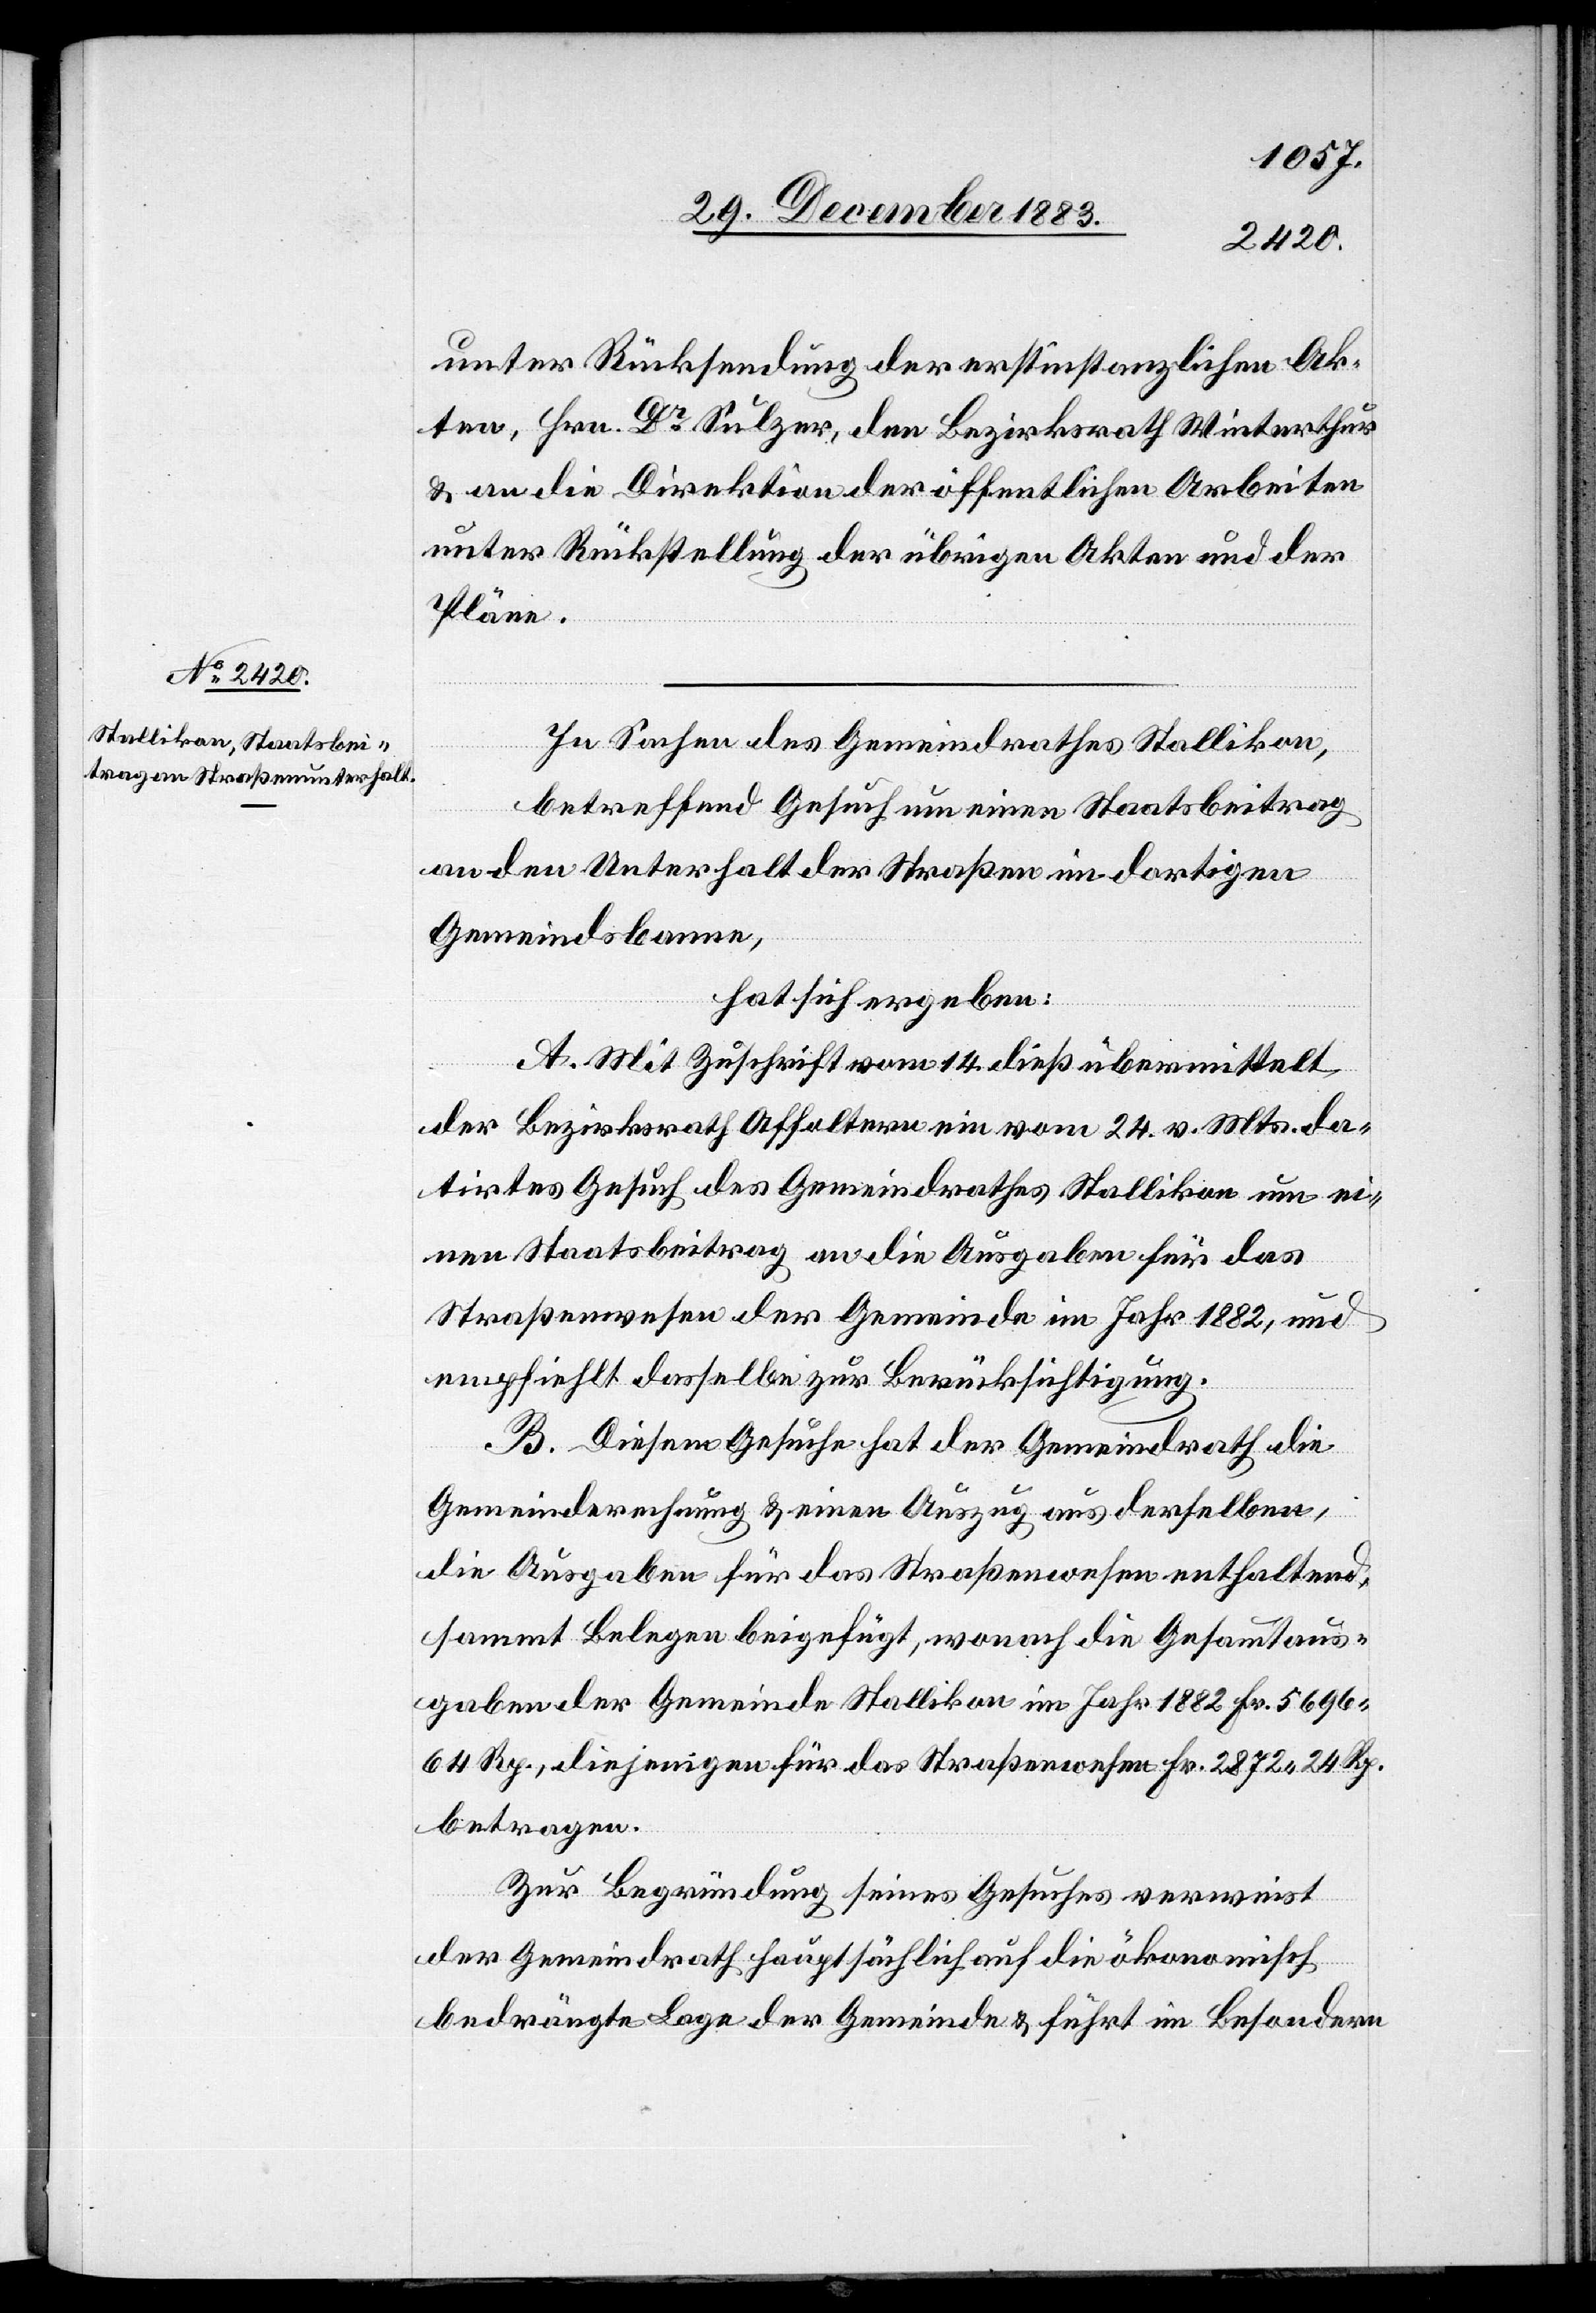
unter Rücksendung der erstinstanzlichen Ak¬
ten, Hrn. Dr Sulzer, den Bezirksrath Winterthur
& an die Direktion der öffentlichen Arbeiten
unter Rückstellung der übrigen Akten und der
Pläne.
In Sachen des Gemeindrathes Stallikon,
betreffend Gesuch um einen Staatsbeitrag
an den Unterhalt der Straßen im dortigen
Gemeindsbanne,
hat sich ergeben:
A: Mit Zuschrift vom 14. dieß übermittelt
der Bezirksrath Affoltern ein vom 24. v. Mts. da¬
tirtes Gesuch des Gemeindrathes Stallikon um ei¬
nen Staatsbeitrag an die Ausgaben für das
Straßenwesens der Gemeinde im Jahr 1882, und
empfiehlt dasselbe zur Berücksichtigung.
B. Diesem Gesuche hat der Gemeindrath die
Gemeinderechnung & einen Auszug aus derselben,
die Ausgaben für das Straßenwesen enthaltend
sammt Belegen beigefügt, wonach die Gesammtaus¬
gaben der Gemeinde Stallikon im Jahr 1882 Fr. 5696
64 Rp., diejenigen für das Straßenwesen Fr. 2872 24 Rp.
betragen.
Zur Begründung seines Gesuches verweist
der Gemeindrath hauptsächlich auf die ökonomisch
bedrängte Lage der Gemeinde & führt im Besondern